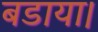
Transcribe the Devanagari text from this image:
बडाया।